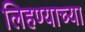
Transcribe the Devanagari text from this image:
लिहण्याच्या